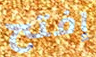
إفتح